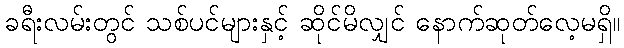
ခရီးလမ်းတွင် သစ်ပင်များနှင့် ဆိုင်မိလျှင် နောက်ဆုတ်လေ့မရှိ။